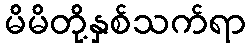
မိမိတို့နှစ်သက်ရာ